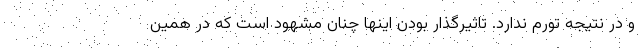
و در نتیجه تورم ندارد. تاثیرگذار بودن اینها چنان مشهود است که در همین